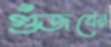
গুঁজবেন